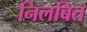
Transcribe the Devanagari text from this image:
निलबित